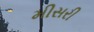
મીસરી